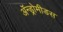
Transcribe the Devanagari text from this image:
ॲन्ड्रोमीडस